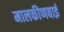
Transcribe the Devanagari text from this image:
मालकीणबाई